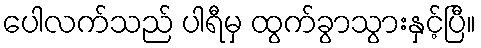
ပေါလက်သည် ပါရီမှ ထွက်ခွာသွားနှင့်ပြီ။